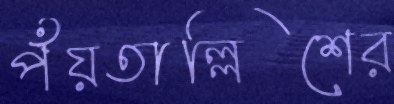
পঁয়তাল্লিশের